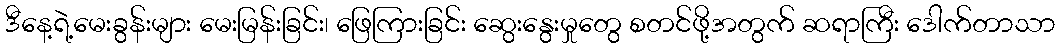
ဒီနေ့ရဲ့မေးခွန်းများ မေးမြန်းခြင်း၊ ဖြေကြားခြင်း ဆွေးနွေးမှုတွေ စတင်ဖို့အတွက် ဆရာကြီး ဒေါက်တာသာ